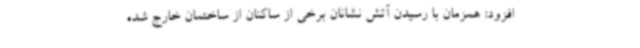
افزود: همزمان با رسیدن آتش نشانان برخی از ساکنان از ساختمان خارج شده